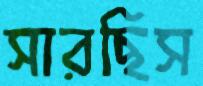
সারছিস